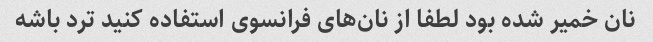
نان خمیر شده بود لطفا از نان‌های فرانسوی استفاده کنید ترد باشه